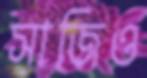
সাজিও